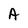
Character: A